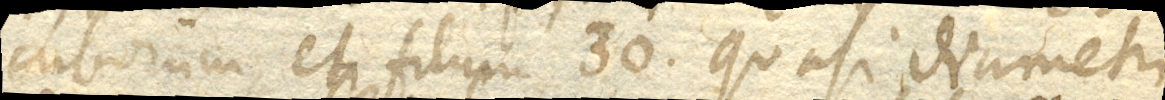
cuborum, et filum 30. quasi diametri